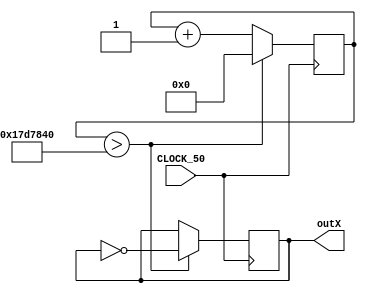
module TimingCircuits(
	input	CLOCK_50,
	output	reg [0:0]outX
);
	reg [31:0] i = 0;	
	
	always @ (posedge CLOCK_50)
		begin
			if(i>25000000)
				begin
					i = 0;
				 outX = ~outX;
				end
			else	
				i = i + 1;
		end
		
	
endmodule